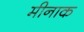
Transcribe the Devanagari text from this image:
मीनाक